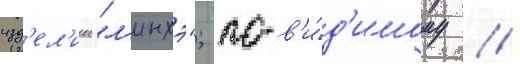
изд'ел'ии "л'инхэ"; по-в'и́д'имому /